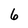
Character: 6